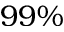
9 9 \%